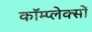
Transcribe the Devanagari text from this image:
कॉम्प्लेक्सों